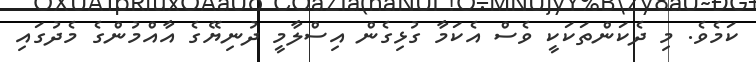
ކަމެވެ. މި ދެކަންތަކަކީ ވެސް އެކަމާ ގުޅިގެން އިސްލާމީ ދުނިޔޭގެ އާއްމުންގެ މެދުގައި